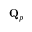
\mathbf { Q } _ { p }